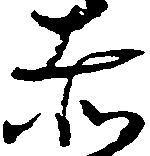
赤